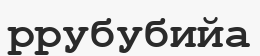
ррубубийа